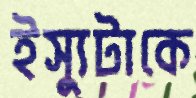
ইস্যুটাকে